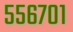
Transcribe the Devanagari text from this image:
५५६७०१